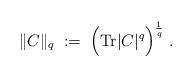
LaTeX: \begin{align*}\| C \|_q \; := \; \Big( \mbox{Tr} |C|^q \Big)^{\frac{1}{q}} \; .\end{align*}